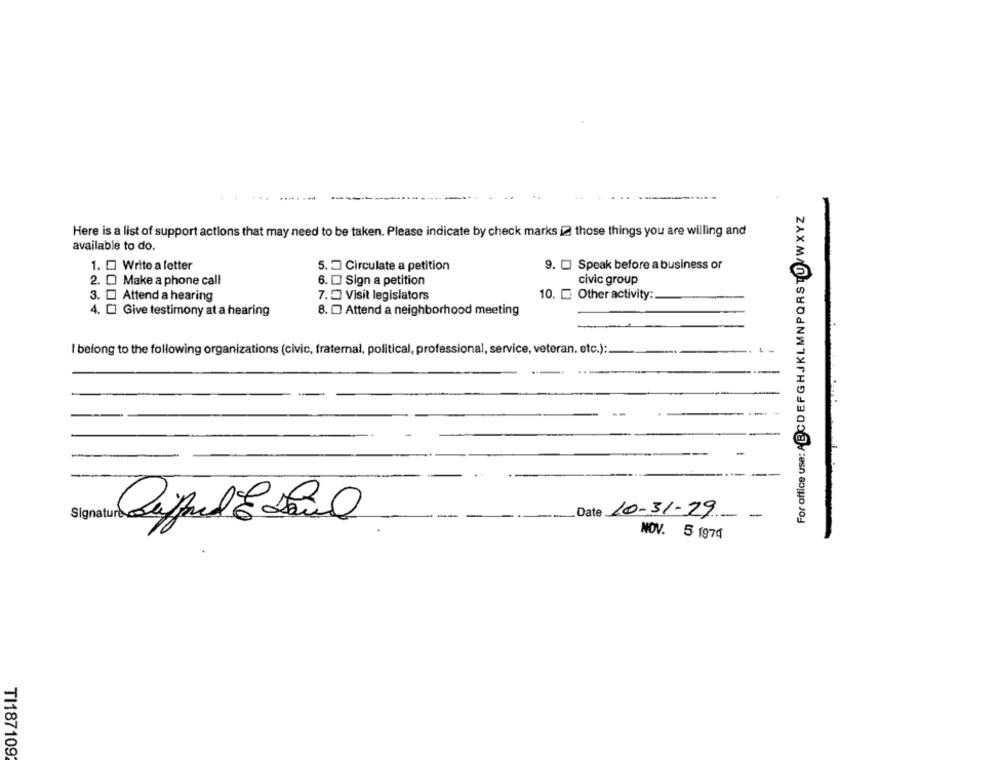
For office use: ABCDEFGHJKLMNPQRSTUVWXYZ
Here is a list of support actions that may need to be taken. Please indicate by check marks 2 those things you are willing and
available to do.
1. D Write a letter
5. D Circulate a petition
9. [ Speak before a business or
2. D Make a phone call
6. D Sign a petition
civic group
3.
Attend a hearing
7. 5 Visit legislators
10. [ Other activity:
4. [ Give testimony at a hearing
8. D Attend a neighborhood meeting
I belong to the following organizations (civic, fraternal, political, professional, service, veteran, etc.):
Date 10-31-29-
-
NOV. 5 1974
TI187109